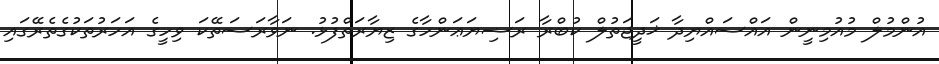
އުންމުލް މުއުމިނީން އައްސައްޔިދާ ޚަދީޖަތުލް ކުބްރާ ރަޟިޔަޢަންހާގެ ޒިޔާރަތްފުޅު. ނަވާރަސަތޭކަ ވިހީގެ އަހަރުތަކުގެތެރޭގައި